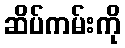
ဆိပ်ကမ်းကို